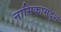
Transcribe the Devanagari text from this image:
नासिकासदृश